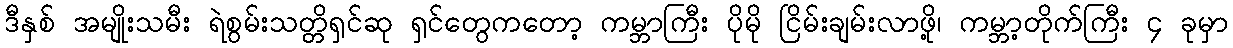
ဒီနှစ် အမျိုးသမီး ရဲစွမ်းသတ္တိရှင်ဆု ရှင်တွေကတော့ ကမ္ဘာကြီး ပိုမို ငြိမ်းချမ်းလာဖို့၊ ကမ္ဘာ့တိုက်ကြီး ၄ ခုမှာ